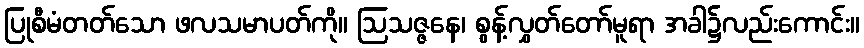
ပြုစီမံတတ်သော ဖလသမာပတ်ကို။ ဩသဇ္ဇနေ၊ စွန့်လွှတ်တော်မူရာ အခါ၌လည်းကောင်း။